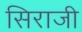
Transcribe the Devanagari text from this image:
सिराजी